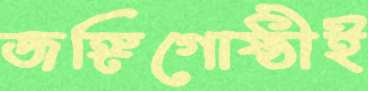
জঙ্গিগোষ্ঠীই